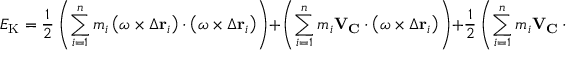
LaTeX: E _ { \mathrm { K } } = { \frac { 1 } { 2 } } \left( \sum _ { i = 1 } ^ { n } m _ { i } \left( { \boldsymbol { \omega } } \times \Delta \mathbf { r } _ { i } \right) \cdot \left( { \boldsymbol { \omega } } \times \Delta \mathbf { r } _ { i } \right) \right) + \left( \sum _ { i = 1 } ^ { n } m _ { i } \mathbf { V } _ { \mathbf { C } } \cdot \left( { \boldsymbol { \omega } } \times \Delta \mathbf { r } _ { i } \right) \right) + { \frac { 1 } { 2 } } \left( \sum _ { i = 1 } ^ { n } m _ { i } \mathbf { V } _ { \mathbf { C } } \cdot \mathbf { V } _ { \mathbf { C } } \right) .